Vaccination in the Punjab 1867-1880 - 1867-1880
Year: 1867
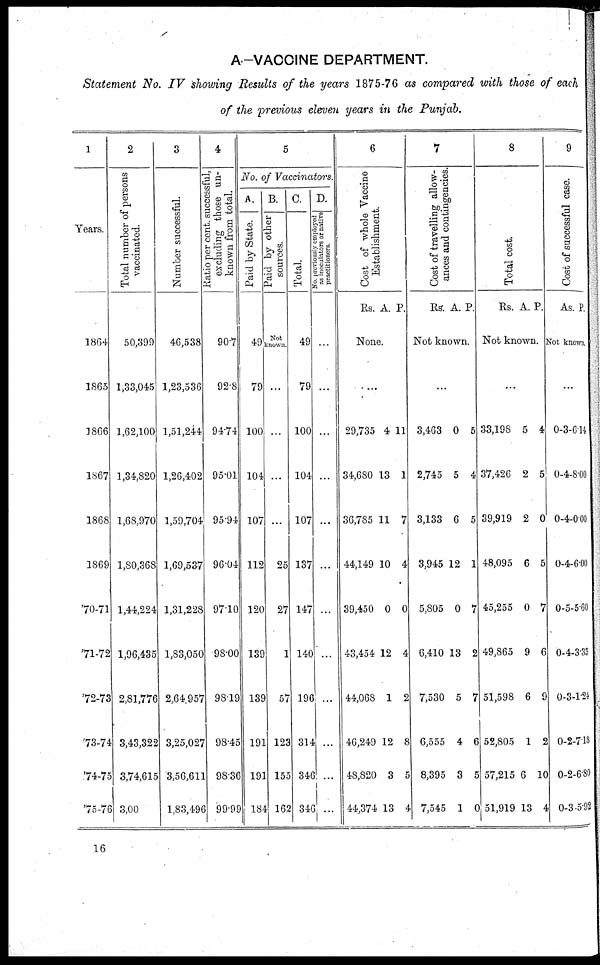
A-VACCINE DEPARTMENT.
Statement No. IV showing Results of the years 1875-76 as compared with those of each
of the previous eleven years in the Punjab.
1
Years.
1864
1865
1866
1867
1868
1869
70-71
71-72
72-73
73-74
74-75
75-76
2
Total number of persons
vaccinated.
50,399
1,33,045
1,62,100
1,34,820
1,68,970
1,80,368
1,44,224
1,96,435
2,81,776
3,43,322
3,74,615
3,00
3
Number successful.
46,538
1,23,536
1,51,244
1,26,402
1,59,704
1,69,537
1,31,228
1,83,050
2,64,957
3,25,027
3,56,611
1,83,496
4
Ratio per cent. successful,
excluding those un¬
known from total.
907
92.8
94.74
95.01
95.94
96.04
97.10
98.00
98.19
98.45
98.36
99.99
5
No. of Vaccinators.
A.
Paid by State.
49
79
100
104
107
112
120
139
139
191
191
184
B.
Paid by other
sources.
Not
known.
...
...
...
...
25
27
1
57
123
155
162
C.
Total.
49
79
100
104
107
137
147
140
196
314
346
346
D.
No. previously employed
as inoculators or native
practitioners.
...
...
...
...
...
...
...
...
...
...
...
6
Cost of whole Vaccine
Establishment.
Rs. A. P.
None.
...
29,735
34,680
36,785
44,149
39,450
43,454
44,068
46,249
48,820
44,374
4
13
11
10
0
12
1
12
3
13
11
1
7
4
0
4
2
8
5
4
7
Cost of travelling allow¬
ances and contingencies.
Rs. A. P.
Not known.
...
3,463
2,745
3,133
3,945
5,805
6,410
7,530
6,555
8,395
7,545
0
5
6
12
0
13
5
4
3
1
5
4
5
1
7
2
7
6
5
0
8
Total cost.
Rs. A. P.
Not known.
...
33,198
37,426
39,919
48,095
45,255
49,865
51,598
52,805
57,215
51,919
5
2
2
6
0
9
6
1
6
13
4
5
0
5
7
6
9
2
10
4
9
Cost of succ
As. P.
Not known,
...
0
0
0
0
0
0
0
0
0
0
3
4
4
4
5
4
3
2
2
3
6.14
8.00
0.00
6.00
5.60
3.33
1.24
7.18
6.80
-5.92
16